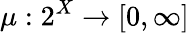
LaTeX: \mu:2^{X}\to[0,\infty]